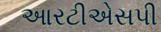
આરટીએસપી